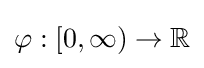
{\textstyle \varphi :[0,\infty )\to \mathbb {R} }